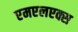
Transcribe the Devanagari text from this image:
एमएलएक्स